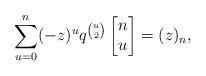
LaTeX: \begin{align*} \sum_{u=0}^n (-z)^uq^{\binom{u}{2}}\begin{bmatrix} n \\ u \end{bmatrix} = (z)_n,\end{align*}